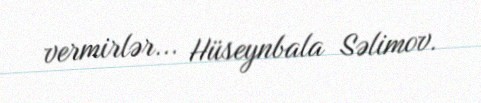
vermirlər... Hüseynbala Səlimov.